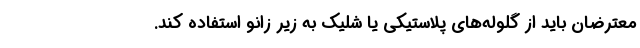
معترضان باید از گلوله‌های پلاستیکی یا شلیک به زیر زانو استفاده کند.